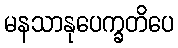
မနသာနုပေက္ခတိပေ